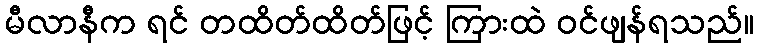
မီလာနီက ရင် တထိတ်ထိတ်ဖြင့် ကြားထဲ ဝင်ဖျန်ရသည်။